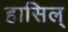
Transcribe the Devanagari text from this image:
हासिल्